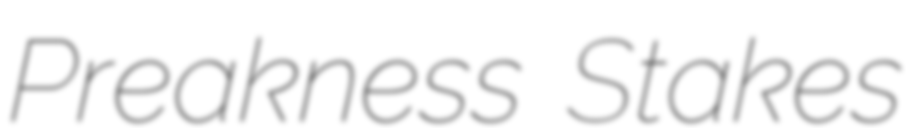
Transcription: Preakness Stakes